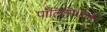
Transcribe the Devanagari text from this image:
पॉलिसिधारक